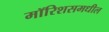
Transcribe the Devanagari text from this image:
मॉरिशसमधील